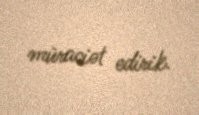
müraciət edirik.